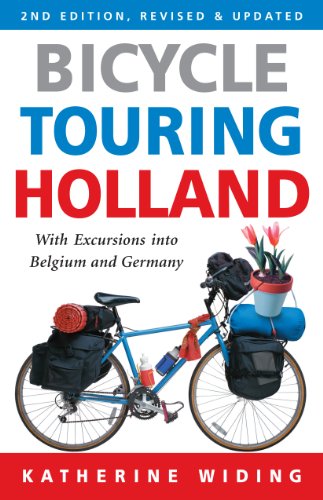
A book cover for Bicycle Touring Holland: With Excursions Into Neighboring Belgium and Germany (Cycling Resources); Katherine Widing; Travel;